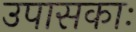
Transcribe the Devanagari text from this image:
उपासकाः